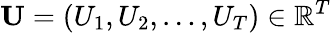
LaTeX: \mathbf{U}=(U_{1},U_{2},\ldots,U_{T})\in\mathbb{R}^{T}